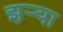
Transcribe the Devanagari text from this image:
झर्‍या